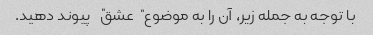
با توجه به جمله زیر، آن را به موضوع "عشق" پیوند دهید.